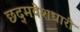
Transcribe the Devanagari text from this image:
छद्‍मवेशधारी